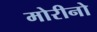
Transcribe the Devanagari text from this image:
मोरीनो